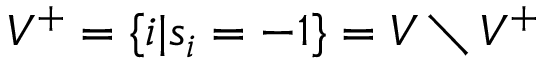
V ^ { + } = \{ i | s _ { i } = - 1 \} = V \setminus V ^ { + }